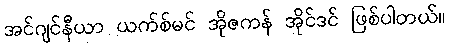
အင်ဂျင်နီယာ ယက်စ်မင် အိုဇကန် အိုင်ဒင် ဖြစ်ပါတယ်။